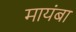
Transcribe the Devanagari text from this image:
मायंबा